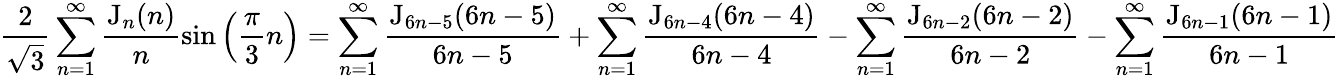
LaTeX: \frac 2{\sqrt 3}\sum_{n=1}^{\infty}\frac{\mathrm{J}_{n}(n)}n\sin\left(\frac\pi 3n\right)=\sum_{n=1}^{\infty}\frac{\mathrm{J}_{6n-5}(6n-5)}{6n-5}+\sum_{n=1}^{\infty}\frac{\mathrm{J}_{6n-4}(6n-4)}{6n-4}-\sum_{n=1}^{\infty}\frac{\mathrm{J}_{6n-2}(6n-2)}{6n-2}-\sum_{n=1}^{\infty}\frac{\mathrm{J}_{6n-1}(6n-1)}{6n-1}